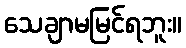
သေချာမမြင်ရဘူး။